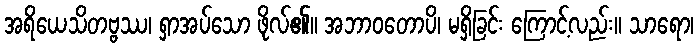
အရိယေသိတဗ္ဗဿ၊ ရှာအပ်သော ဖိုလ်၏။ အဘာဝတောပိ၊ မရှိခြင်း ကြောင့်လည်း။ သာရော၊